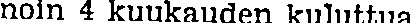
noin 4 kuukauden kulutua